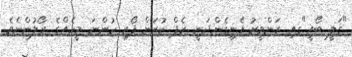
"ގަލީ ބޯއީ"ގއި ރަންވީރު ފެނިގެންދަނީ ރެޕް ކުރަން ފޯރި ހުންނަ މީހެއްގެ ރޯލުންނެވެ.